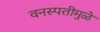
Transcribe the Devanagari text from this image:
वनस्पतीमुळे